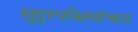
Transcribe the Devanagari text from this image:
सुदुरपश्चिमांचल